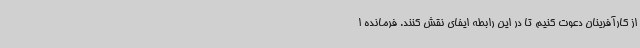
از کارآفرینان دعوت کنیم تا در این رابطه ایفای نقش کنند. فرمانده ا